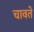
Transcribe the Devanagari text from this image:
चावते